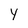
Character: y